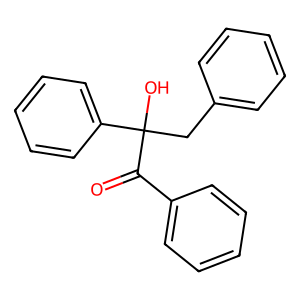
SMILES: O=C(c1ccccc1)C(O)(Cc1ccccc1)c1ccccc1
Inhibits HIV replication: No